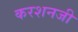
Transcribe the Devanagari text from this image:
करशनजी